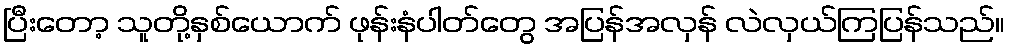
ပြီးတော့ သူတို့နှစ်ယောက် ဖုန်းနံပါတ်တွေ အပြန်အလှန် လဲလှယ်ကြပြန်သည်။